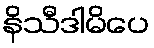
နိသီဒါမိပေ